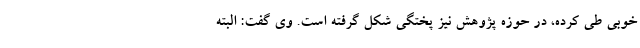
خوبی طی کرده، در حوزه پژوهش نیز پختگی شکل گرفته است. وی گفت: البته